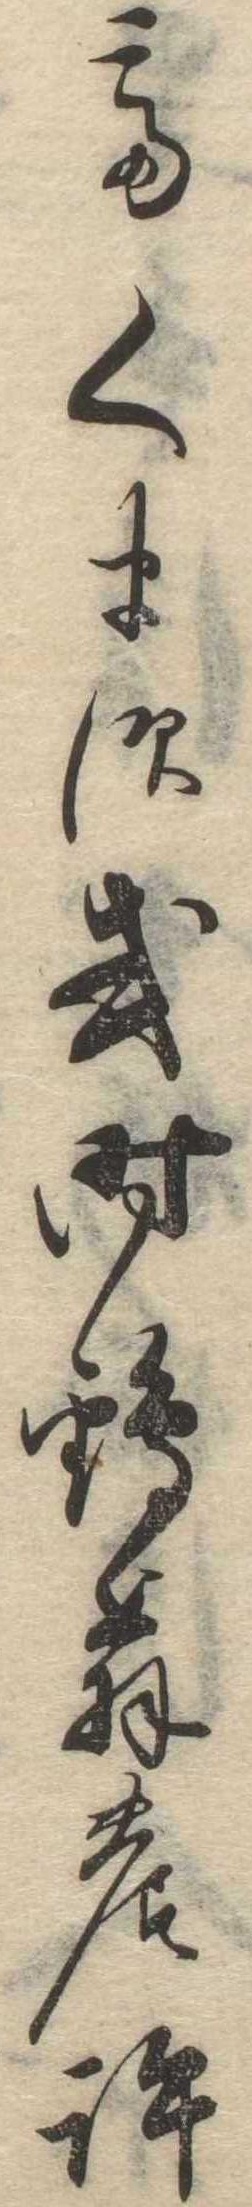
てくます或時鶴翁の許